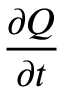
{ \big . } { \frac { \partial Q } { \partial t } } { \big . }